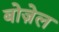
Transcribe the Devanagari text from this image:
बोज़ेल